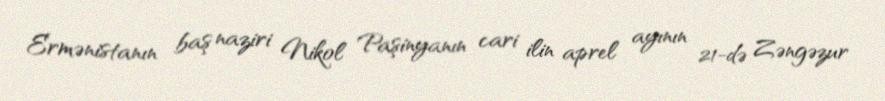
Ermənistanın baş naziri Nikol Paşinyanın cari ilin aprel ayının 21-də Zəngəzur